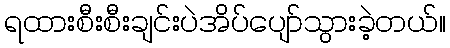
ရထားစီးစီးချင်းပဲအိပ်ပျော်သွားခဲ့တယ်။